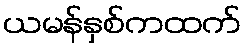
ယမန်နှစ်ကထက်